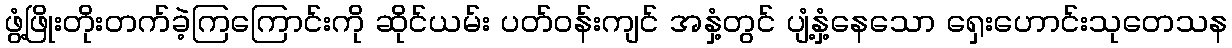
ဖွံ့ဖြိုးတိုးတက်ခဲ့ကြကြောင်းကို ဆိုင်ယမ်း ပတ်ဝန်းကျင် အနှံ့တွင် ပျံ့နှံ့နေသော ရှေးဟောင်းသုတေသန